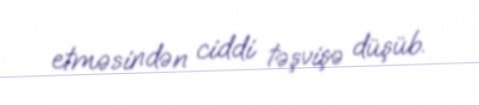
etməsindən ciddi təşvişə düşüb.